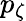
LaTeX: p_{\zeta}